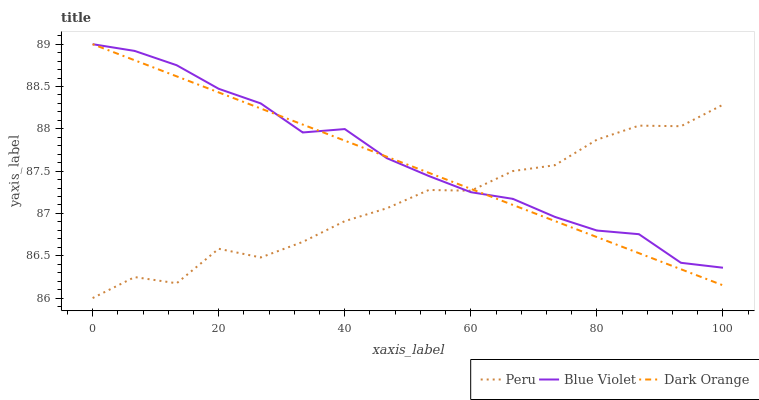
| xaxis_label | Peru | Blue Violet | Dark Orange |
 | --- | --- | --- | --- |
 | 0 | 86 | 89 | 89 |
 | 6.67 | 86.2 | 88.9 | 88.8 |
 | 13.3 | 86.2 | 88.8 | 88.6 |
 | 20 | 86.6 | 88.5 | 88.4 |
 | 26.7 | 86.5 | 88.3 | 88.2 |
 | 33.3 | 86.7 | 88 | 88.1 |
 | 40 | 86.9 | 88 | 87.9 |
 | 46.7 | 87.1 | 87.7 | 87.7 |
 | 53.3 | 87.3 | 87.4 | 87.5 |
 | 60 | 87.3 | 87.3 | 87.3 |
 | 66.7 | 87.5 | 87.2 | 87.1 |
 | 73.3 | 87.6 | 87 | 86.9 |
 | 80 | 87.9 | 86.8 | 86.7 |
 | 86.7 | 88 | 86.8 | 86.5 |
 | 93.3 | 88 | 86.4 | 86.3 |
 | 100 | 88.3 | 86.4 | 86.2 |